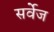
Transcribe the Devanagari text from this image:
सर्वेज